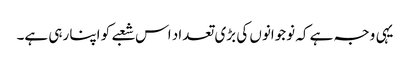
یہی وجہ ہے کہ نوجوانوں کی بڑی تعداد اس شعبے کو اپنا رہی ہے۔